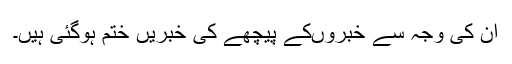
ان کی وجہ سے خبروںکے پیچھے کی خبریں ختم ہوگئی ہیں۔